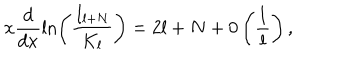
x \displaystyle \frac { d } { d x } \ln \left( \displaystyle \frac { I _ { l + N } } { K _ { l } } \right) = 2 l + N + 0 \left( \displaystyle \frac { 1 } { l } \right) ,